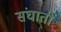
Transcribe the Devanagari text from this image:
संघाती